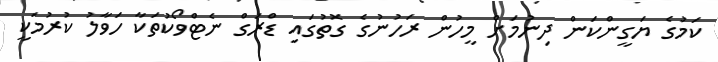
ކަމުގެ ޔަގީންކަން ދިނުމަށް މީހުން ރަހުނުގެ ގޮތުގައި ޑްރަގް ނެޓްވޯކުތަކާ ހަވާލު ކުރުމަކީ